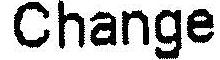
CHANGE